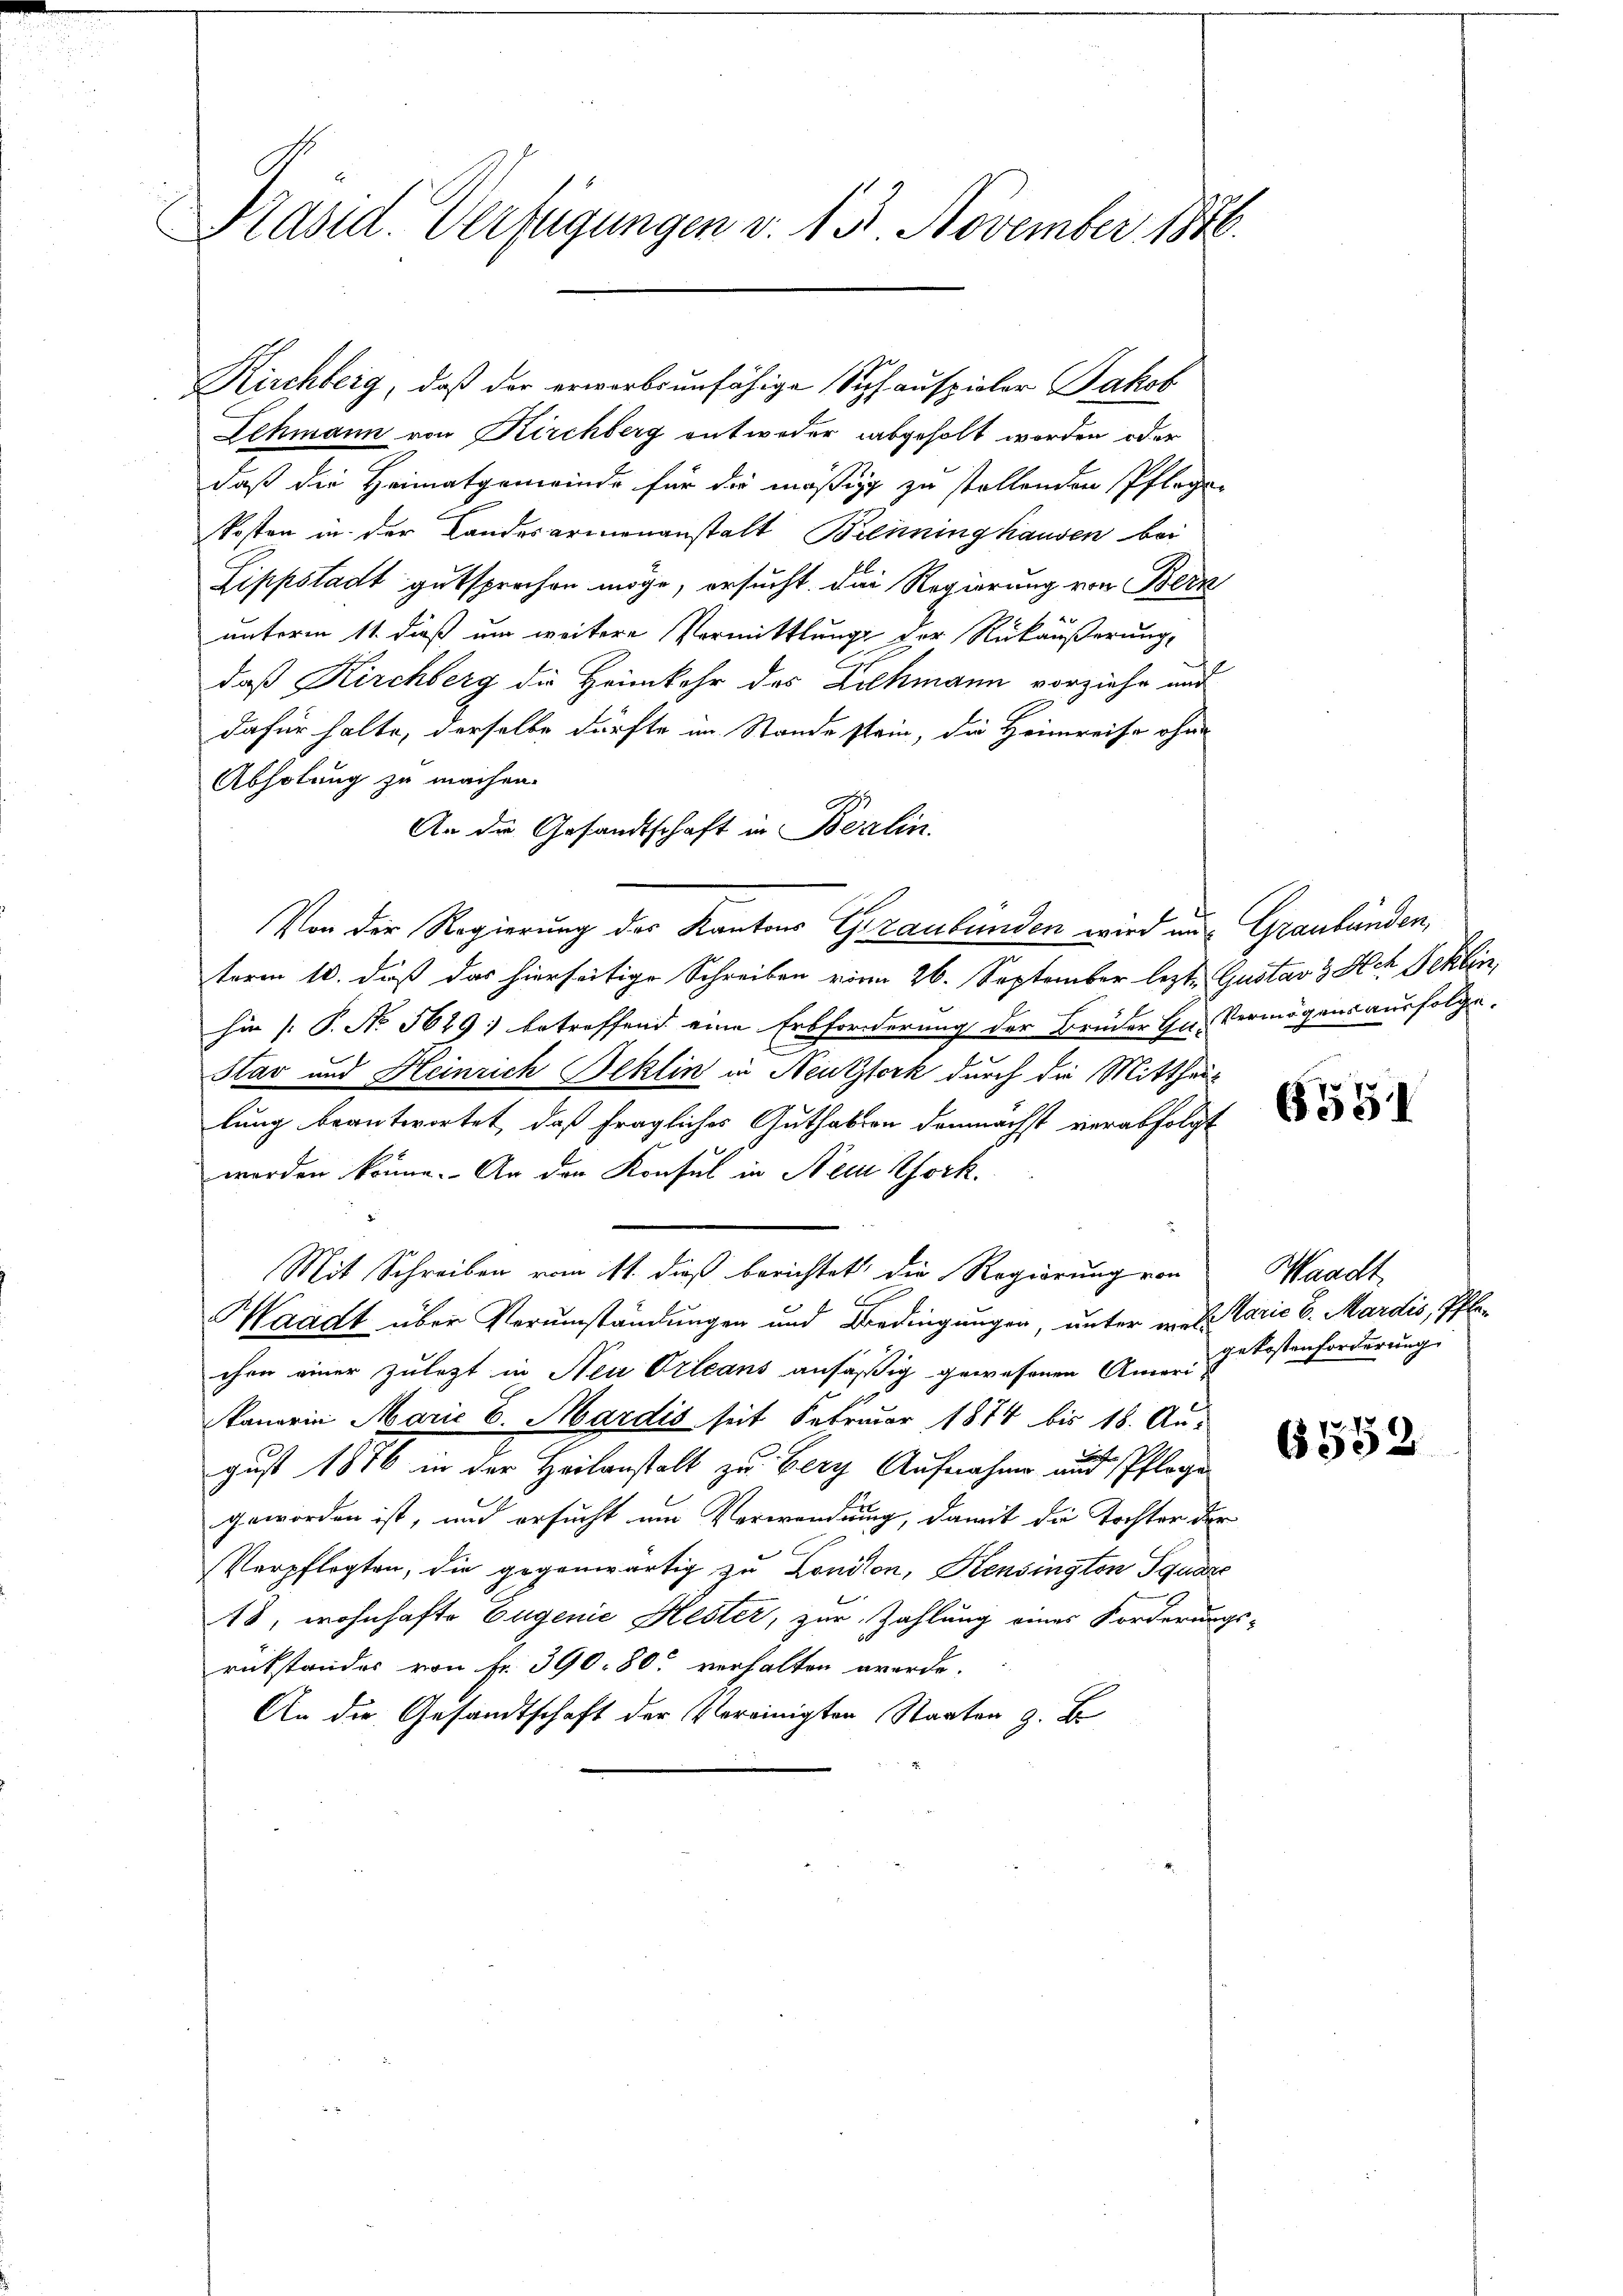
Präsid. Verfügungen v. 13. November 1846.

Kirchberg, daß der erwerbsunfähige Sipfauspieler Jakob
Lehmann von Kirchberg entweder abgeholt worden oder
daß die Heimatgemeinde für die mäßig zu stellenden Pflegen
kosten in der Landesarmenanstalt Brenninghausen bei
Lippstadt gutsprechen möge, ersucht. Der Regierung von Beck
unterm 11. dieß um weitere Vermittlung der Rückäußerung,
daß Kirchberg die Heimkehr des Ziehmann vorziehe und
dafür halte, derselbe dürfte im Stande stein, die Heimreise ohne
Abholung zu machen.
An der Gesandtschaft in Berlin.
Von der Regierung des Kantons Graubünden wird an Graubünden,
term 10. daß das hierseitige Schreiben von 26. September lezte Gustav 3 Ach Fehlen,
hin [P. No 569; betreffend eine Erbforderung der Brüder Hn. Vermögensausfolge,
Slav und Heinrich Beklin in Neutzlork durch die Mittheis
lung beantwortet, daß fragliches Guthaben demnächst verabfolgt
worden könne. An den Konsul in Nein Chork
Mit Schreiben vom 11. dieß berichtet die Regierung von
 x
Waadt über Verumständungen und Bedingungen, unter wel Tarić 6. Mardis, Pflan
chen einer zuletzt in Neu Orleans ansäßig gewesenen Ameri¬
Panorin Marie E. Mardis seit Februar 1874 bis 18. Au-
gust 1876 in der Heilanstalt zu Bery Aufnahme und Pflege
geworden ist, und ersucht um Verwendung, damit die Tochter der
Verpflegten, die gegenwärtig zu Loniton, Hensington quare
48, wohnhafte Eugenie Hester, zur Zahlung eines Forderungs-
rükstandes von Fr. 390. 80. verhalten werde.
An die Gesandtschaft der Vereinigten Staaten z. B.

6551

Waadt
gekostenforderung

6552